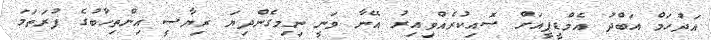
އަދުހަމް އަބްދު އެމްޑީޕީއަށް ސޮއިކުރެއްވިއިރު އޭނާ ވަނީ ނިމިގެންދިޔަ ރިޔާސީ އިންތިހާބުގެ ފުރަތަމަ